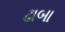
ઢાબા